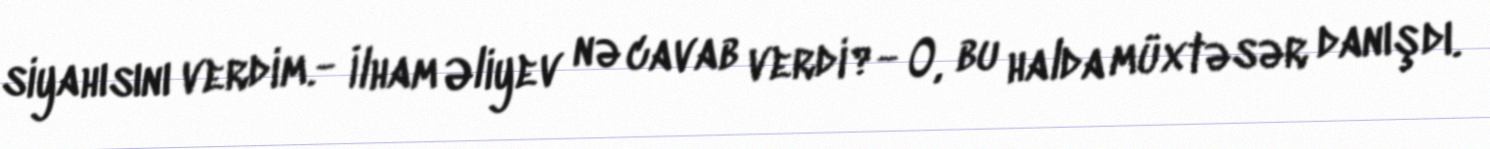
siyahısını verdim.- İlham Əliyev nə cavab verdi?- O, bu halda müxtəsər danışdı.